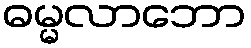
ဓမ္မလာဘော